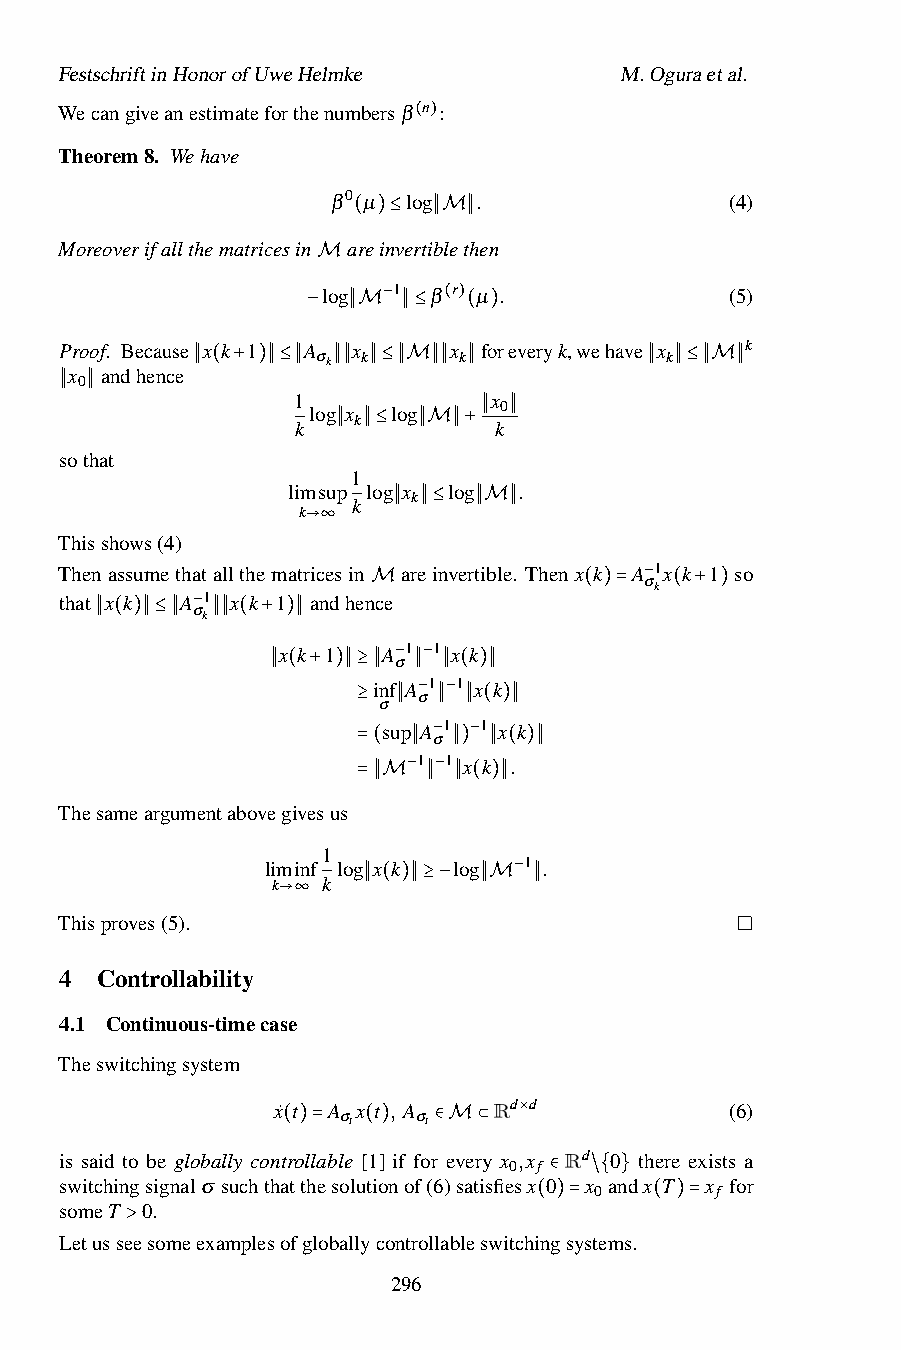
FestschriftinHonorofUweHelmke        M.Oguraetal.
 Wecangiveanestimateforthenumbersβ n :
 ( )
 Theorem8. Wehave
 β0 µ log .                (4)
 Moreoverifallthematricesin a(re)in≤verti∥bMlet∥hen
 Mlog 1 β r µ .             (5)
 −   ( )
 Proof. Because x k 1 A− ∥ xM ∥≤ x ( fo) reveryk,wehave x k
 σk k     k             k
 x andhence
 0
 ∥ ( + )∥≤∥1 ∥∥ ∥≤∥M∥∥ ∥ x     ∥ ∥≤∥M∥
 log x log    0
 ∥ ∥             k  k         k
 ∥ ∥
 sothat            ∥ ∥≤  ∥M∥+
 1
 limsup log x log .
 k
 k
 k
 Thisshows(4)    →∞    ∥ ∥≤ ∥M∥
 Thenassumethatallthematricesin areinvertible. Thenx k A 1x k 1 so
 σk
 that x k A 1 x k 1 andhence            −
 σk
 M             ( )= ( + )
 −
 ∥ ( )∥≤∥ ∥∥ ( +x)∥k 1 A 1 1 x k
 σ
 inf−A−1 1 x k
 ∥ ( + )∥≥∥σ ∥σ ∥ ( )∥
 − −
 ≥ su∥p A σ∥1 ∥ 1 (x)∥k
 1 −1 x−k .
 =( ∥  ∥) ∥ ( )∥
 − −
 Thesameargumentabovegivesus =∥M ∥ ∥ ( )∥
 1
 liminf log x k log 1 .
 k  k
 −
 Thisproves(5). →∞   ∥ ( )∥≥− ∥M ∥
 4 Controllability
 4.1 Continuous-timecase
 Theswitchingsystem
 x˙ t A x t , A Rd d           (6)
 σt   σt
 ×
 is said to be globally cont(ro)ll=able [(1])if for∈eMver⊂y x ,x Rd 0 there exists a
 0 f
 switchingsignalσ suchthatthesolutionof(6)satisfiesx 0 x andx T x for
 0       f
 someT 0.                        ∈  /{ }
 ( )=    ( )=
 Letusseesomeexamplesofgloballycontrollableswitchingsystems.
 >
 296